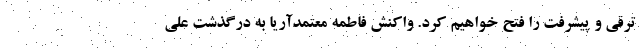
ترقی و پیشرفت را فتح خواهیم کرد. واکنش فاطمه معتمدآریا به درگذشت علی